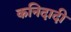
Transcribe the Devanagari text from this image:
कनिदादी